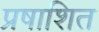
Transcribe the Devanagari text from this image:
प्रषाशित